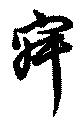
寂